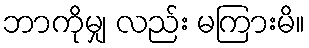
ဘာကိုမျှ လည်း မကြားမိ။